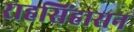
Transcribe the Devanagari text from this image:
राहसिंहासन